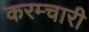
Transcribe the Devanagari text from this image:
करम्चारी